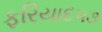
ફરિયાદ૫૩